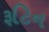
રૂટિન